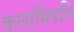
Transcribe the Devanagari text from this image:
कलाधिपति